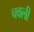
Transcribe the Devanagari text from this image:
चवली